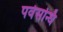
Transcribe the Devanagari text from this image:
पर्वसन्धि